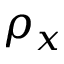
\rho _ { x }